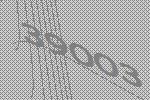
39003